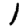
Digit: 1